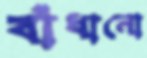
বাঁধানো